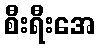
စီးရီးအေ